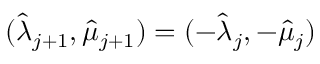
( \hat { \lambda } _ { j + 1 } , \hat { \mu } _ { j + 1 } ) = ( - \hat { \lambda } _ { j } , - \hat { \mu } _ { j } )